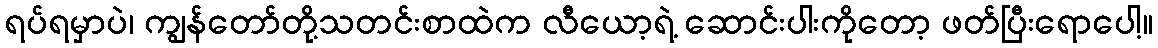
ရပ်ရမှာပဲ၊ ကျွန်တော်တို့သတင်းစာထဲက လီယော့ရဲ့ ဆောင်းပါးကိုတော့ ဖတ်ပြီးရောပေါ့။